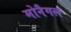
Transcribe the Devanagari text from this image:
मोनैगल